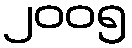
၂၀၀၅